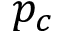
p _ { c }